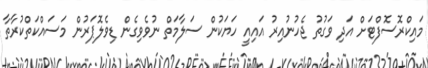
މައިކްރޮސޮފްޓަށް އަދި ވަގުތު ޖެހުނުއިރު އައިއީ ހަޔަކުން ސަލާމަތް ނުވެވިގެން ޑިވެލޮޕަރުން މަސައްކަތްކުރާތާ